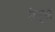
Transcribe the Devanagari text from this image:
सेट्ल